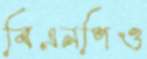
বিএনপিও